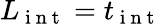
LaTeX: L_{\mathrm{~i~n~t~}}=t_{\mathrm{~i~n~t~}}